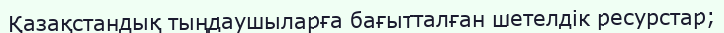
Қазақстандық тыңдаушыларға бағытталған шетелдік ресурстар;